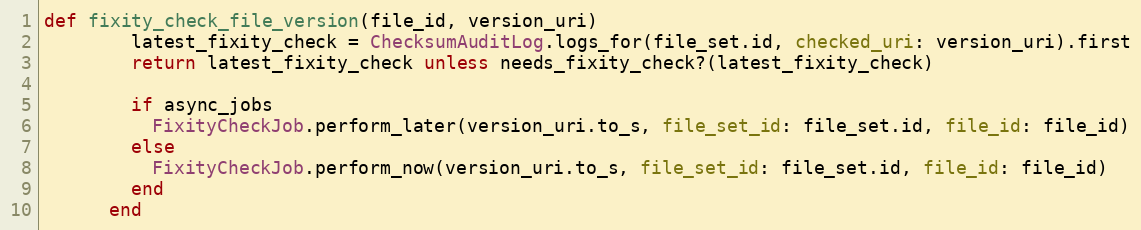
Language: Ruby
def fixity_check_file_version(file_id, version_uri)
        latest_fixity_check = ChecksumAuditLog.logs_for(file_set.id, checked_uri: version_uri).first
        return latest_fixity_check unless needs_fixity_check?(latest_fixity_check)

        if async_jobs
          FixityCheckJob.perform_later(version_uri.to_s, file_set_id: file_set.id, file_id: file_id)
        else
          FixityCheckJob.perform_now(version_uri.to_s, file_set_id: file_set.id, file_id: file_id)
        end
      end